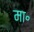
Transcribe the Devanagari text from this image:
मा॰